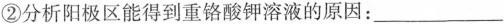
②分析阳极区能得到重铬酸钾溶液的原因：___